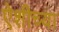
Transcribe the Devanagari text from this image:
ऐशीच्या